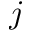
j